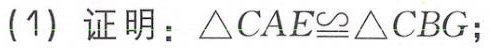
(1) 证明：$\triangle CAE\cong\triangle CBG$；